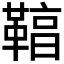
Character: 𩋻